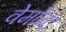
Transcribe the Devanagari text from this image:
वेर्मोन्ट